Annual report on the working of the mental hospitals in the Madras Presidency - 1912-1932
Year: 1912
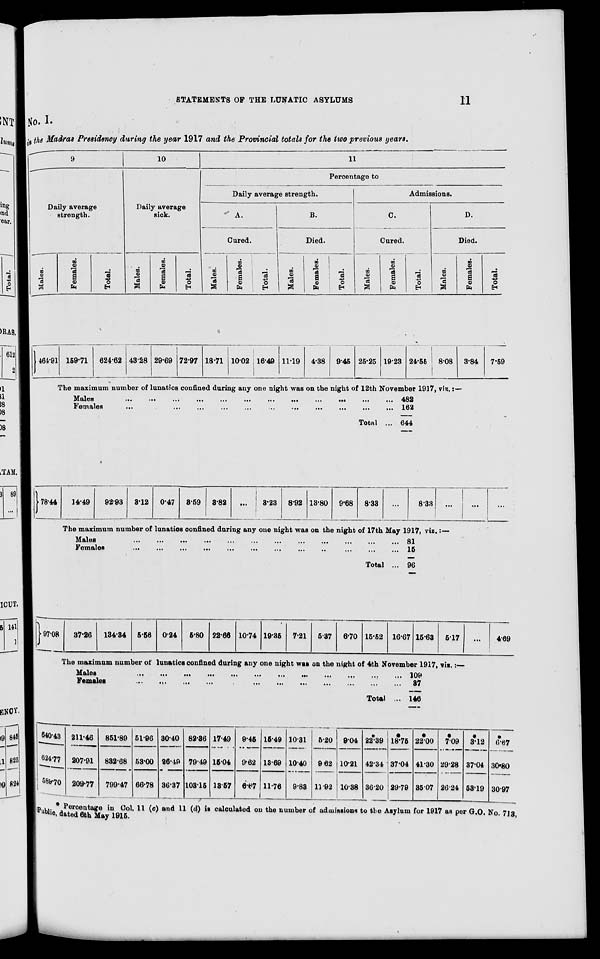
STATEMENTS OF THE LUNATIC ASYLUMS
11
No. I.
in the Madras Presidency during the year 1917 and the Provincial totals for the two previous years.
9
Daily average
strength.
Males.
Females.
Total.
10
Daily average
sick.
Males.
Females.
Total.
11
Percentage to
Daily average strength.
A.
Cured.
Males.
Females.
Total.
B.
Died.
Males.
Females.
Total.
Admissions.
C.
Cured.
Males.
Females.
Total.
D.
Died.
Males.
Females.
Total.
464.91 159.71 624.62 43.28 29.69 72.97 18.71
10.02 16.49
11.19 4.38 9.45 25.25 19.23 24.55
8.08
3.84
7.59
The maximum number of lunatics confined during any one night was on the night of 12th November 1917, viz.:—
Males
...
...
...
...
...
...
...
...
...
...
...
...
Females
...
...
...
...
...
...
...
...
...
...
...
...
Total ...
78.44 14.49 92.93 3.12 0.47 3.59 3.82 ...
3.23 8.92 13.80 9.68
8.33
482
162
644
...
8.33
...
...
...
The maximum number of lunatics confined during any one night was on the night of 17th May 1917, viz.:—
Males
...
...
...
...
...
...
...
...
...
...
...
...
Females
...
...
...
...
...
...
...
...
...
...
...
...
Total ...
97.08
37.26
134.34 5.56
0.24
5.80 22.66 10.74 19.35
7.21 5.37
6.70 15.52 16.67
81
15
96
15.63 5.17 ...
4.69
The maximum number of lunatics confined during any one night was on the night of 4th November 1917, viz.:—
Males
...
...
...
...
...
...
...
...
...
...
...
...
Females
...
...
...
...
...
...
...
...
...
...
...
...
Total ...
640.43
624.77
589.70
211.46
207.91
209.77
851.89
832.68
799.47
51.96
53.00
66.78
30.40
26.49
36.37
82.36
79.49
103.15
17.49
15.04
13.57
9.45
9.62
6.67
15.49
13.69
11.76
10.31
10.40
9.83
5.20
9.62
11.92
9.04
10.21
10.38
*
22.39
42.34
36.20
*
18.75
37.04
29.79
109
37
146
*
22.00
41.30
35.07
*
7.09
29.28
26.24
*
3.12
37.04
53.19
*
6.67
30.80
30.97
* Percentage in Col.
11 (c) and 11 (d) is calculated on the number of admissions to the Asylum for 1917 as per G.O. No. 713,
Public, dated 6th May 1915.